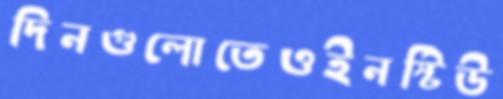
দিনগুলোতেওইনস্টিউ